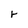
Character: r